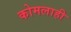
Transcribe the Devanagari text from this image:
कोमलाही